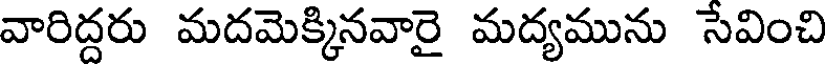
వారిద్దరు మదమెక్కినవారై మద్యమును సేవించి